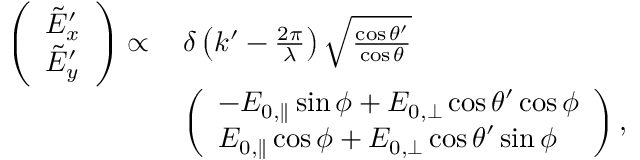
\begin{array} { r l } { \left( \begin{array} { l } { \tilde { E } _ { x } ^ { \prime } } \\ { \tilde { E } _ { y } ^ { \prime } } \end{array} \right) \propto \, } & { \delta \left( k ^ { \prime } - \frac { 2 \pi } { \lambda } \right) \sqrt { \frac { \cos \theta ^ { \prime } } { \cos \theta } } } \\ & { \left( \begin{array} { l } { - E _ { 0 , \parallel } \sin \phi + E _ { 0 , \perp } \cos \theta ^ { \prime } \cos \phi } \\ { E _ { 0 , \parallel } \cos \phi + E _ { 0 , \perp } \cos \theta ^ { \prime } \sin \phi } \end{array} \right) , } \end{array}